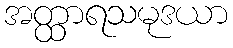
အတ္ထာရသမုဒယာ